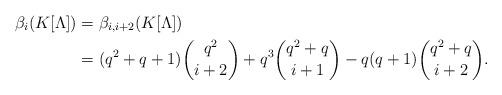
LaTeX: \begin{align*} \beta_{i} (K[\Lambda]) & = \beta_{i, i+2} (K[\Lambda]) \\ & = (q^2 + q +1) \binom{q^2}{i+2} + q^3 \binom{q^2 + q}{i+1} - q (q+1) \binom{q^2 + q}{i+2}. \end{align*}